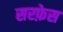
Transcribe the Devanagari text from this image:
सरफ़ेस